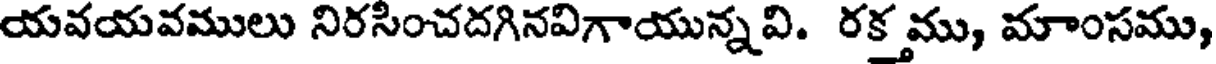
యవయవములు నిరసించదగినవిగాయున్నవి. రక్త ము, మాంసము,